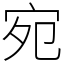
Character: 宛